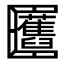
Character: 𠥬